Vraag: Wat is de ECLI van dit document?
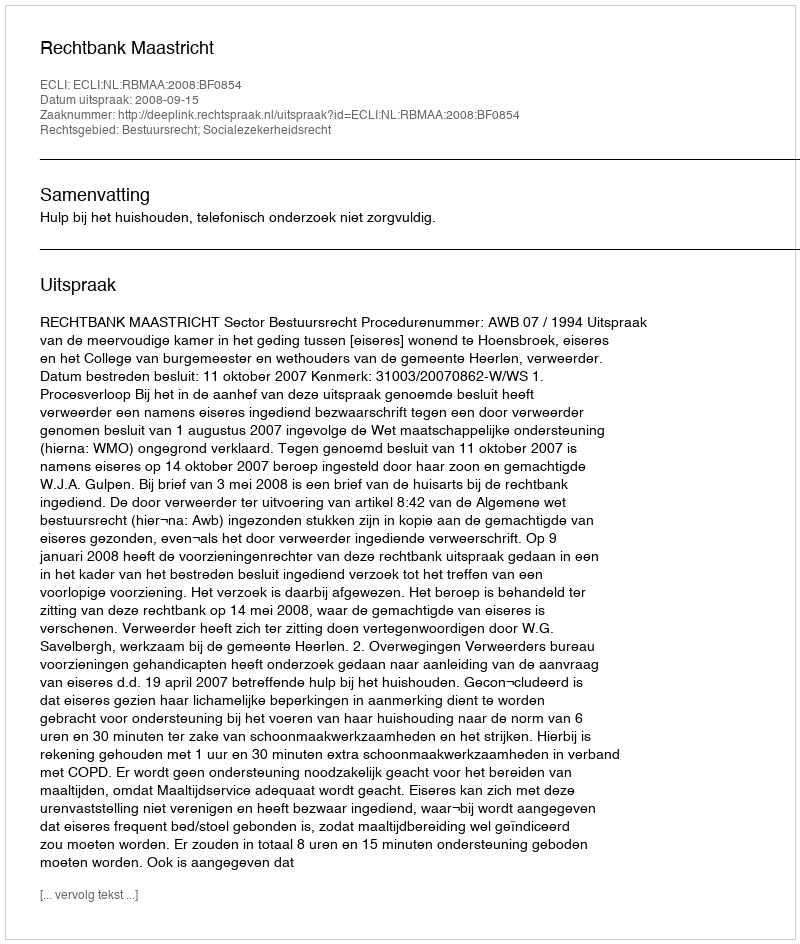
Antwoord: ECLI:NL:RBMAA:2008:BF0854